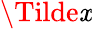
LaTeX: \Tilde{\mathit{x}}